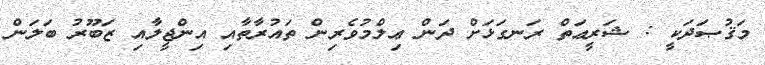
މަޤުޞަދަކީ : ޝަރީޢަތް ރަނގަޅަށް ދަން ޢިލްމުވެރިން ތައުރާތާއި އިންޖީލާއި ޒަބޫރު ބަލަން